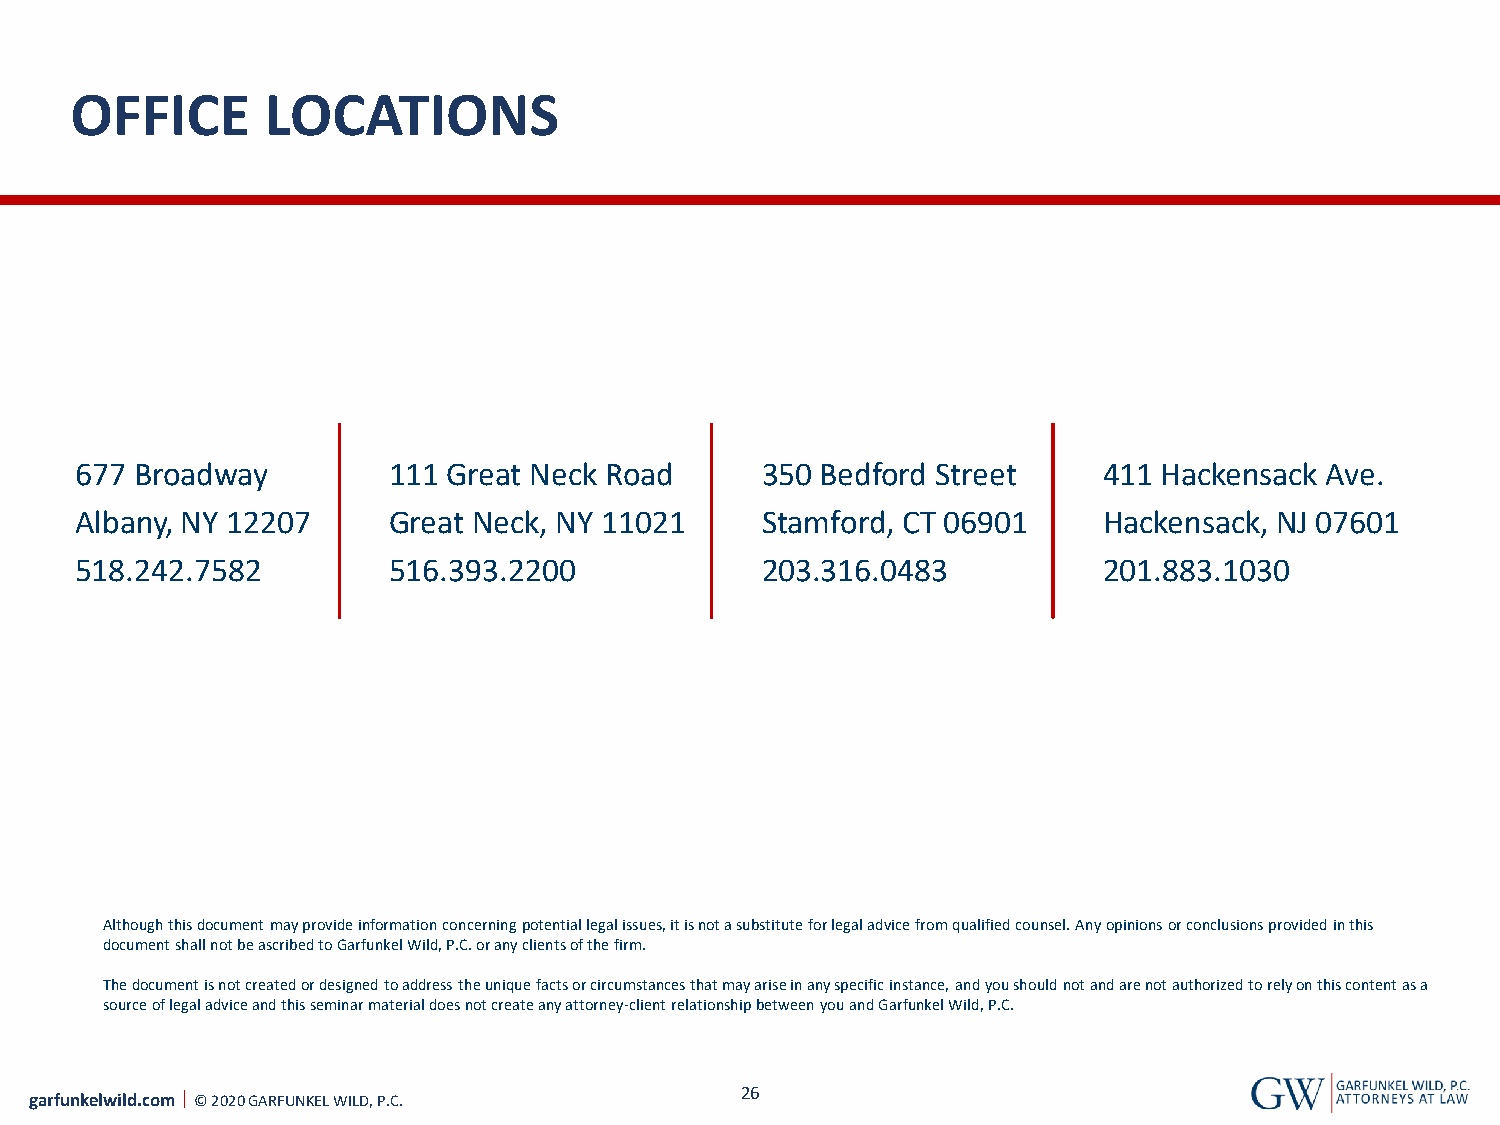
OFFICE       LOCATIONS
 677 Broadway         111 Great Neck Road     350 Bedford Street     411 Hackensack Ave.
 Albany, NY 12207     Great Neck, NY 11021    Stamford, CT 06901     Hackensack, NJ 07601
 518.242.7582         516.393.2200            203.316.0483           201.883.1030
 Although this document may provide information concerning potential legal issues, it is not a substitute for legal advice from qualified counsel. Any opinions or conclusions provided in this
 document shall not be ascribed to Garfunkel Wild, P.C. or any clients of the firm.
 The document is not created or designed to address the unique facts or circumstances that may arise in any specific instance,and you should not and are not authorized to rely on this content as a
 source of legal advice and this seminar material does not create any attorney-client relationship between you and Garfunkel Wild, P.C.
 garfunkelwild.com © 2020 GARFUNKEL WILD, P.C.  26